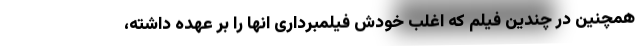
همچنین در چندین فیلم که اغلب خودش فیلمبرداری انها را بر عهده داشته،